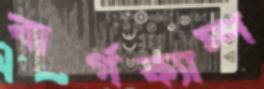
বার্গক্যাম্প